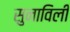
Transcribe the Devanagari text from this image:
सुनाविली